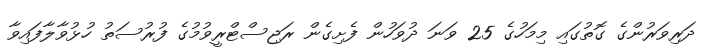
ދަރިވަރުންގެ ގޮތުގައި މިމަހުގެ 25 ވަނަ ދުވަހުން ފެށިގެން ރަޖިސްޓްރީވުމުގެ ފުރުސަތު ހުޅުވާލާފައިވާ